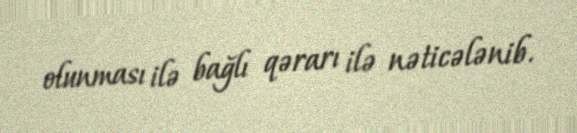
olunması ilə bağlı qərarı ilə nəticələnib.